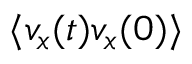
\langle v _ { x } ( t ) v _ { x } ( 0 ) \rangle